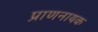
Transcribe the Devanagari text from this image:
प्राणनायक